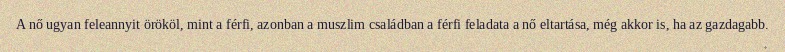
A nő ugyan feleannyit örököl, mint a férfi, azonban a muszlim családban a férfi feladata a nő eltartása, még akkor is, ha az gazdagabb.